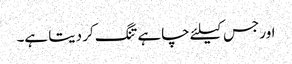
اور جس کیلئے چاہے تنگ کر دیتا ہے۔